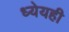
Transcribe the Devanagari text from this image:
ध्येयही